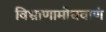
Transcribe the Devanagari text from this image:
विभ्राणामोघबाणं